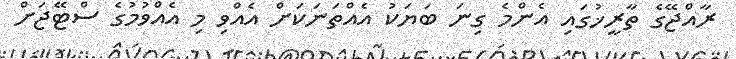
ރާއްޖޭގެ ތާރީޚުގައި އެންމެ ގިނަ ބަޔަކު އެއްތަނަކަށް އެއްވި މި އެއްވުމުގެ ސްޓޭޖަށް